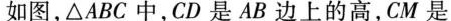
如图，△ABC中，CD是AB边上的高，CM是